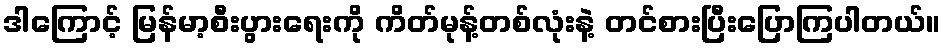
ဒါကြောင့် မြန်မာ့စီးပွားရေးကို ကိတ်မုန့်တစ်လုံးနဲ့ တင်စားပြီးပြောကြပါတယ်။